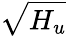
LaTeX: \sqrt{H_{u}}